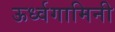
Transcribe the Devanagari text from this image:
ऊर्ध्वगामिनी